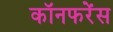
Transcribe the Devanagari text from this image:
कॉनफरेंस